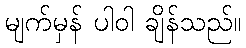
မျက်မှန် ပါဝါ ချိန်သည်။